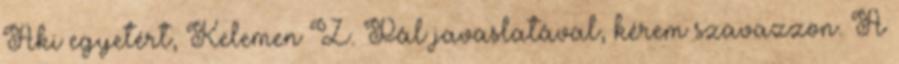
Aki egyetért, Kelemen Z. Pál javaslatával, kérem szavazzon. A